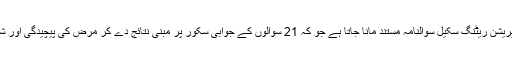
اس ضمن میں ہیملٹن ڈپریشن ریٹنگ سکیل سوالنامہ مستند مانا جاتا ہے جو کہ 21 سوالوں کے جوابی سکور پر مبنی نتائج دے کر مرض کی پیچیدگی اور شدت سے آگاہ کرتا ہے۔